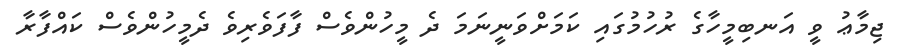
ޖިމާޢު ވީ އަނބިމީހާގެ ރުހުމުގައި ކަމަށްވަނީނަމަ ދެ މީހުންވެސް ފާފަވެރިވެ ދެމީހުންވެސް ކައްފާރާ